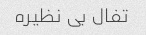
تفال بی نظیره